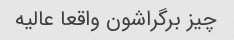
چیز برگراشون واقعا عالیه